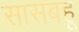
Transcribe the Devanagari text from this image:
सासबहू